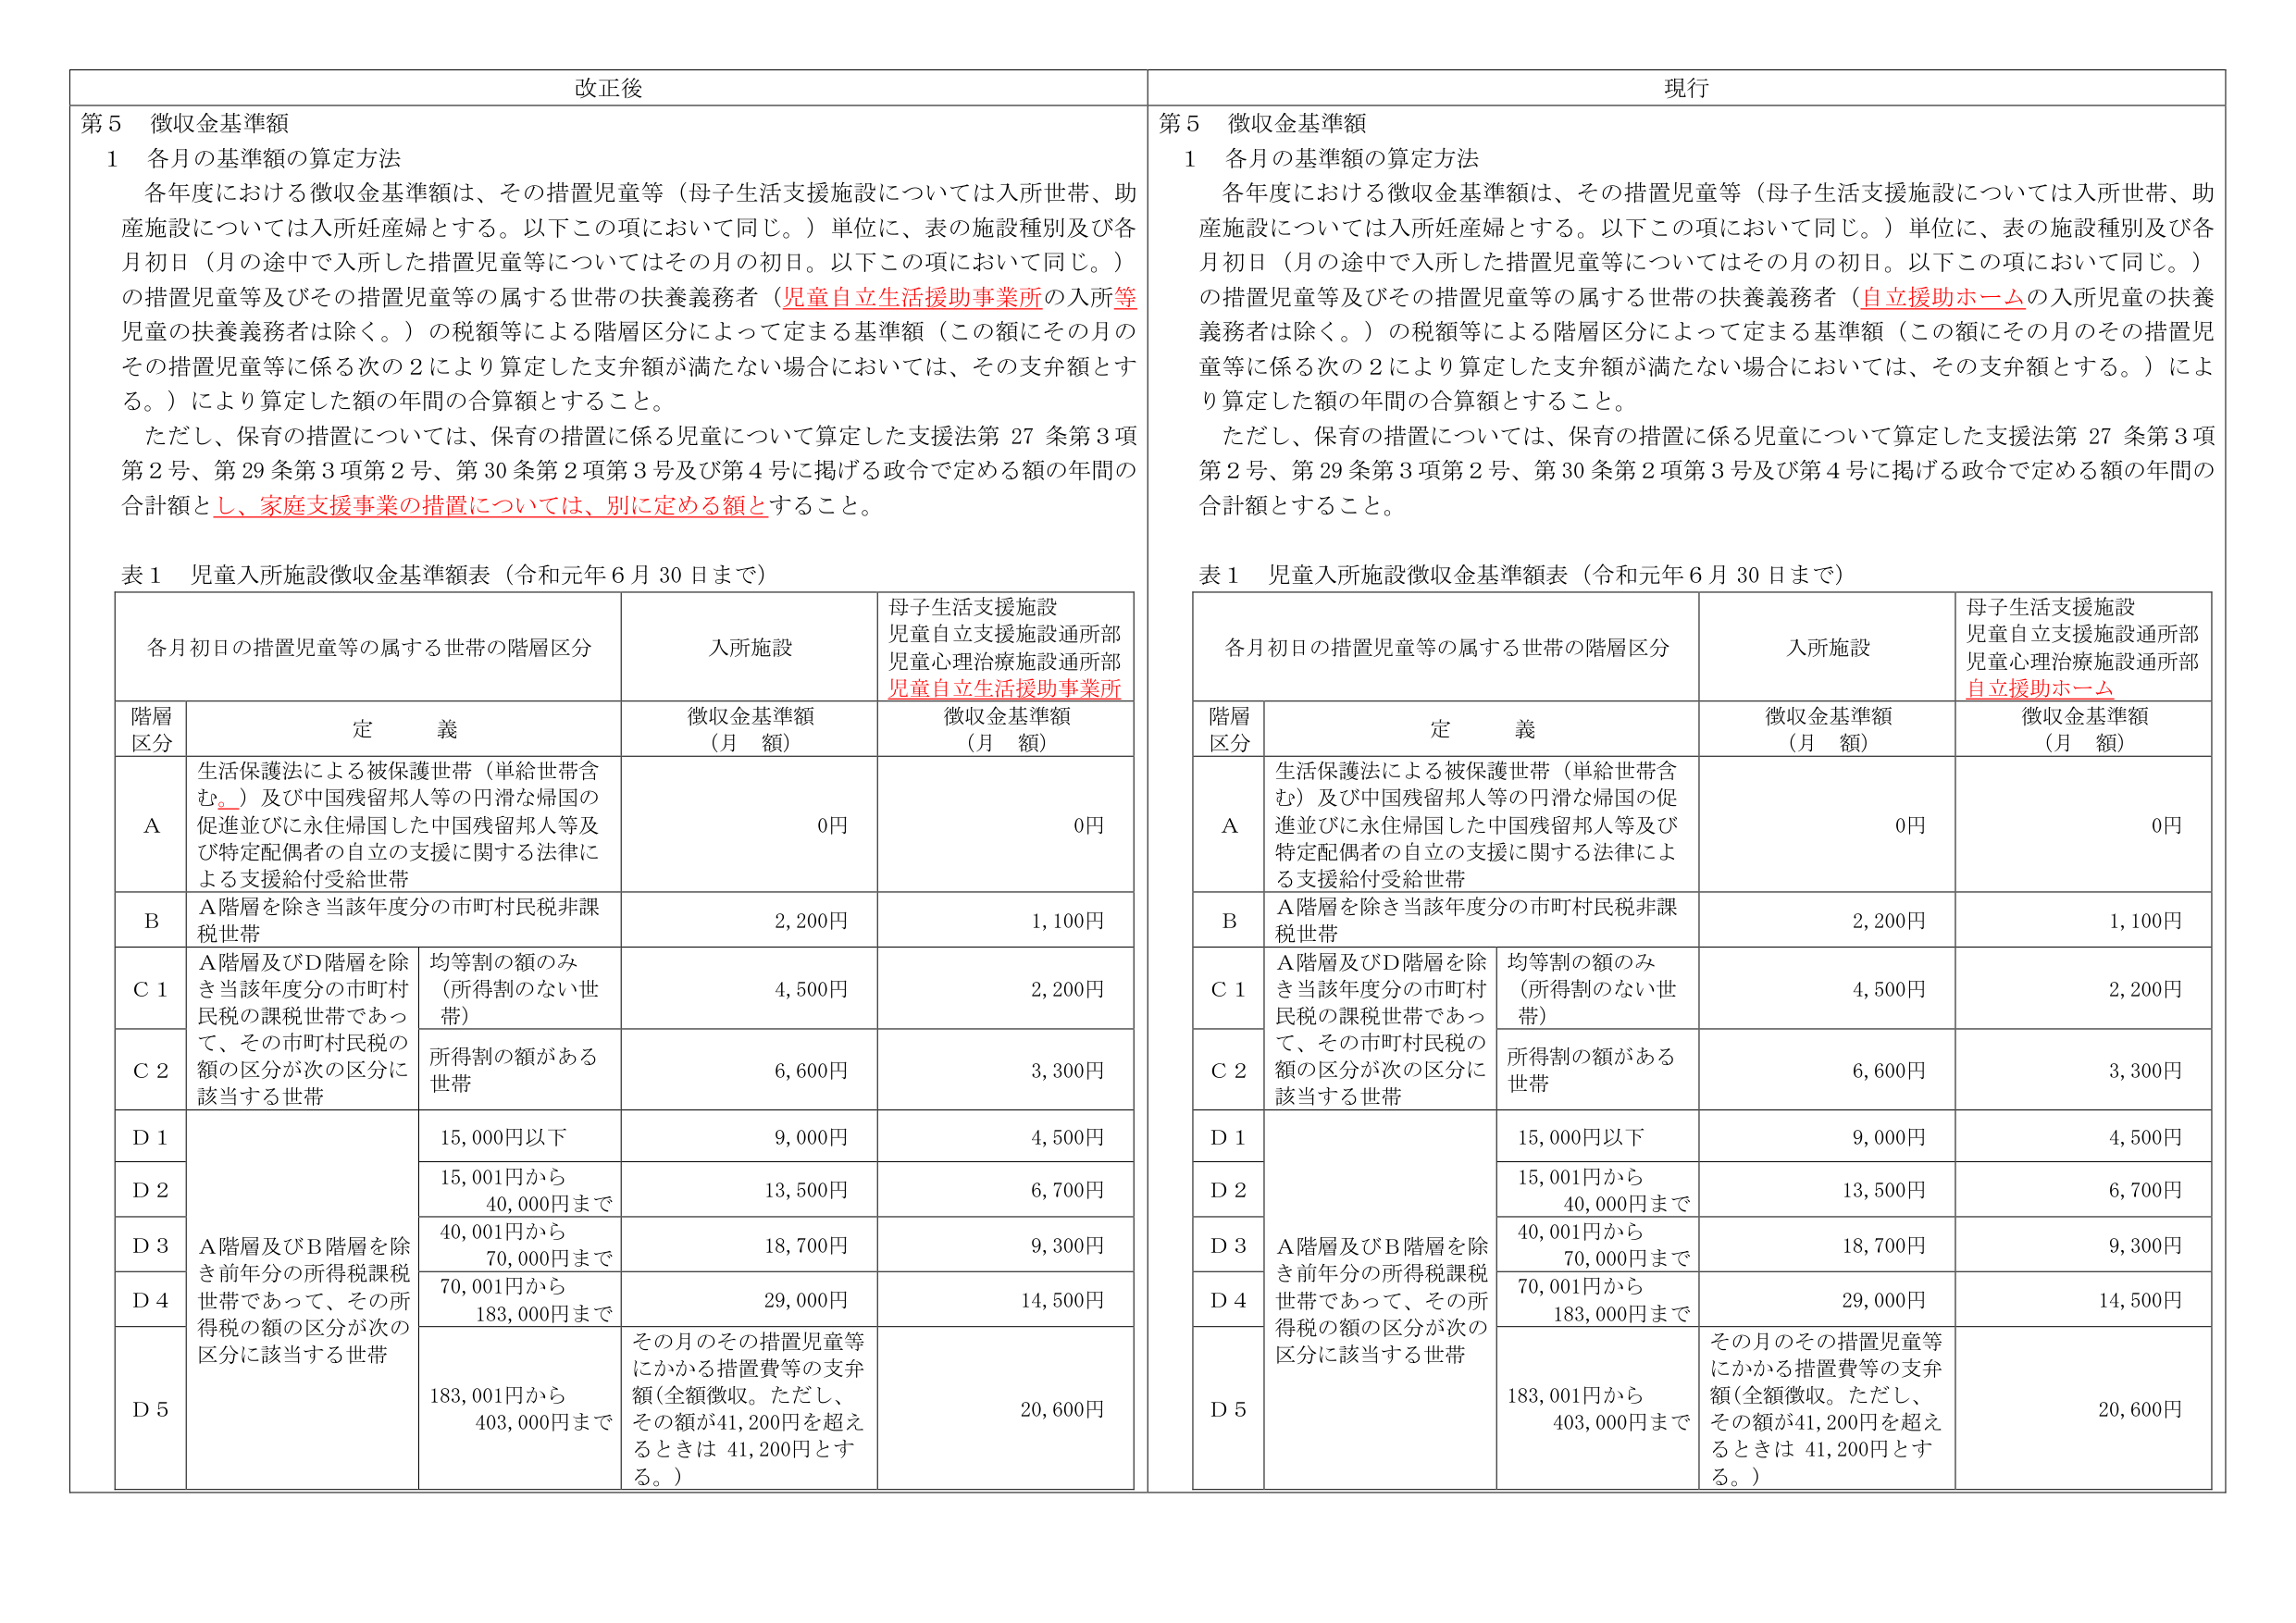
改正後

第5 徴収金基準額

1 各月の基準額の算定方法

各年度における徴収金基準額は、その措置児童等（母子生活支援施設については入所世帯、助産施設については入所妊産婦とする。以下この項において同じ。）単位に、表の施設種別及び各月初日（月の途中で入所した措置児童等についてはその月の初日。以下この項において同じ。）の措置児童等及びその措置児童等の属する世帯の扶養義務者（児童自立生活援助事業所の入所等児童の扶養義務者は除く。）の税額等による階層区分によって定まる基準額（この額にその月のその措置児童等に係る次の2により算定した支弁額が満たない場合においては、その支弁額とする。）により算定した額の年間の合算額とすること。

ただし、保育の措置については、保育の措置に係る児童について算定した支援法第27条第3項第2号、第29条第3項第2号、第30条第2項第3号及び第4号に掲げる政令で定める額の年間の合計額とし、家庭支援事業の措置については、別に定める額とすること。

表1 児童入所施設徴収金基準額表（令和元年6月30日まで）

各月初日の措置児童等の属する世帯の階層区分

入所施設

母子生活支援施設
児童自立支援施設通所部
児童心理治療施設通所部
児童自立生活援助事業所

階層区分

定義

徴収金基準額（月額）

徴収金基準額（月額）

A

生活保護法による被保護世帯（単給世帯含む。）及び中国残留邦人等の円滑な帰国の促進並びに永住帰国した中国残留邦人等及び特定配偶者の自立の支援に関する法律による支援給付受給世帯

0円

0円

B

A階層を除き当該年度分の市町村民税非課税世帯

2,200円

1,100円

C1

A階層及びD階層を除き当該年度分の市町村民税の課税世帯であって、その市町村民税の額の区分が次の区分に該当する世帯

均等割の額のみ（所得割のない世帯）

4,500円

2,200円

C2

所得割の額がある世帯

6,600円

3,300円

D1

15,000円以下

9,000円

4,500円

D2

15,001円から40,000円まで

13,500円

6,700円

D3

40,001円から70,000円まで

18,700円

9,300円

D4

70,001円から183,000円まで

29,000円

14,500円

D5

A階層及びB階層を除き前年分の所得税課税世帯であって、その所得税の額の区分が次の区分に該当する世帯

183,001円から403,000円まで

その月のその措置児童等にかかる措置費等の支弁額（全額徴収。ただし、その額が41,200円を超えるときは41,200円とする。）

20,600円

現行

第5 徴収金基準額

1 各月の基準額の算定方法

各年度における徴収金基準額は、その措置児童等（母子生活支援施設については入所世帯、助産施設については入所妊産婦とする。以下この項において同じ。）単位に、表の施設種別及び各月初日（月の途中で入所した措置児童等についてはその月の初日。以下この項において同じ。）の措置児童等及びその措置児童等の属する世帯の扶養義務者（自立援助ホームの入所児童の扶養義務者は除く。）の税額等による階層区分によって定まる基準額（この額にその月のその措置児童等に係る次の2により算定した支弁額が満たない場合においては、その支弁額とする。）により算定した額の年間の合算額とすること。

ただし、保育の措置については、保育の措置に係る児童について算定した支援法第27条第3項第2号、第29条第3項第2号、第30条第2項第3号及び第4号に掲げる政令で定める額の年間の合計額とすること。

表1 児童入所施設徴収金基準額表（令和元年6月30日まで）

各月初日の措置児童等の属する世帯の階層区分

入所施設

母子生活支援施設
児童自立支援施設通所部
児童心理治療施設通所部
自立援助ホーム

階層区分

定義

徴収金基準額（月額）

徴収金基準額（月額）

A

生活保護法による被保護世帯（単給世帯含む）及び中国残留邦人等の円滑な帰国の促進並びに永住帰国した中国残留邦人等及び特定配偶者の自立の支援に関する法律による支援給付受給世帯

0円

0円

B

A階層を除き当該年度分の市町村民税非課税世帯

2,200円

1,100円

C1

A階層及びD階層を除き当該年度分の市町村民税の課税世帯であって、その市町村民税の額の区分が次の区分に該当する世帯

均等割の額のみ（所得割のない世帯）

4,500円

2,200円

C2

所得割の額がある世帯

6,600円

3,300円

D1

15,000円以下

9,000円

4,500円

D2

15,001円から40,000円まで

13,500円

6,700円

D3

40,001円から70,000円まで

18,700円

9,300円

D4

70,001円から183,000円まで

29,000円

14,500円

D5

A階層及びB階層を除き前年分の所得税課税世帯であって、その所得税の額の区分が次の区分に該当する世帯

183,001円から403,000円まで

その月のその措置児童等にかかる措置費等の支弁額（全額徴収。ただし、その額が41,200円を超えるときは41,200円とする。）

20,600円